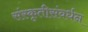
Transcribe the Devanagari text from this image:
संस्कृतीसंवर्धन